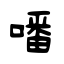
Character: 噃